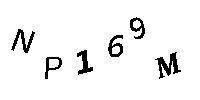
NP169M